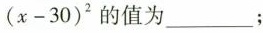
( x - 3 0 ) ^ { 2 }$$的值为___；